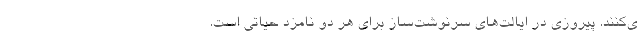
ی‌کنند. پیروزی در ایالت‌های سرنوشت‌ساز برای هر دو نامزد حیاتی است.